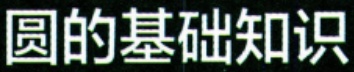
圆的基础知识